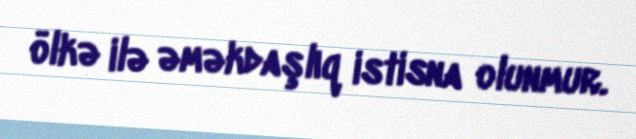
ölkə ilə əməkdaşlıq istisna olunmur.